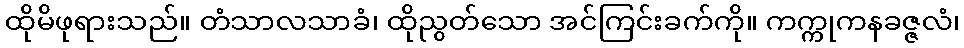
ထိုမိဖုရားသည်။ တံသာလသာခံ၊ ထိုညွတ်သော အင်ကြင်းခက်ကို။ ကက္ကုကနခဇ္ဇလံ၊